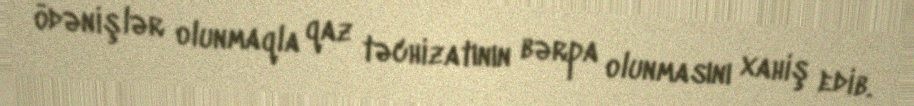
ödənişlər olunmaqla qaz təchizatının bərpa olunmasını xahiş edib.